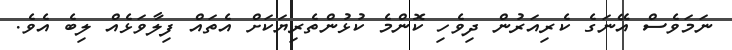
ނަމަވެސް އޭނަގެ ކެރިއަރުން ދިވެހި ކޮންމެ ކުޅުންތެރިޔަކަށް އެތައް ފިލާވަޅެއް ލިބެ އެވެ.